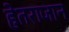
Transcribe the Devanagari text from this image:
हेतराजान